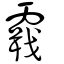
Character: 霵